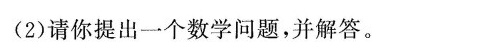
(2)请你提出一个数学问题，并解答。